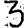
Digit: 3